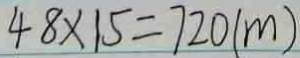
4 8 \times 1 5 = 7 2 0 ( m )